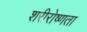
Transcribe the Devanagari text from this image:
शरीरोष्णता